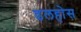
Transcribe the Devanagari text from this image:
डलहोस